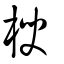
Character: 楰